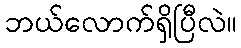
ဘယ်လောက်ရှိပြီလဲ။